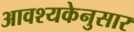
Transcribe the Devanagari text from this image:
आवश्यकेनुसार